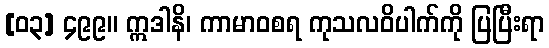
[၀၃] ၄၉၉။ ဣဒါနိ၊ ကာမာဝစရ ကုသလဝိပါက်ကို ပြပြီးရာ